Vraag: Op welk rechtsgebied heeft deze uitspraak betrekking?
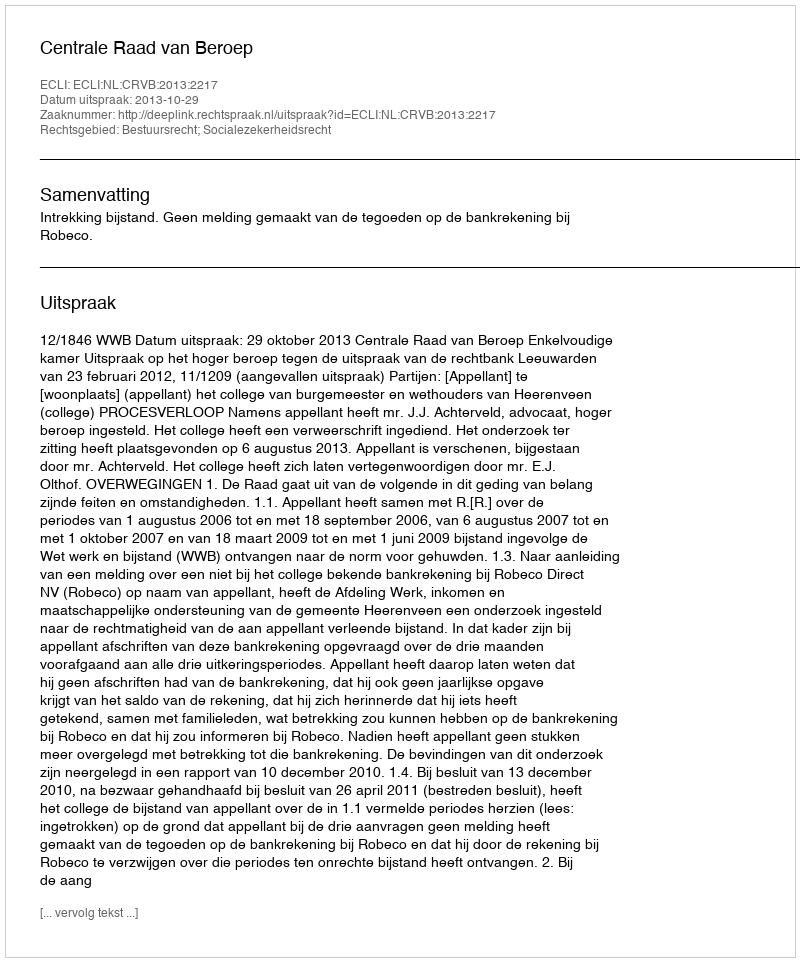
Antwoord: Bestuursrecht; Socialezekerheidsrecht